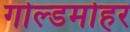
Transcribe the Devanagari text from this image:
गोल्डमोहर